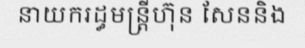
នាយករដ្ធមន្ត្រីហ៊ុន សែននិង